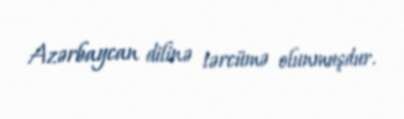
Azərbaycan dilinə tərcümə olunmuşdur.